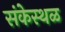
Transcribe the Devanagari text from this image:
संकेस्थळ